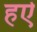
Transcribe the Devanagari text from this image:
हऐ